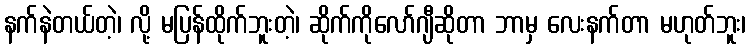
နက်နဲတယ်တဲ့၊ လို့ မပြန်ထိုက်ဘူးတဲ့၊ ဆိုက်ကိုလော်ဂျီဆိုတာ ဘာမှ လေးနက်တာ မဟုတ်ဘူး၊